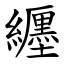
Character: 纒